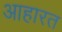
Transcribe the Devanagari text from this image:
आहारत